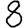
Digit: 8